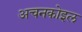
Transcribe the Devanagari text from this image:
अचनकोइल